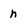
Character: n